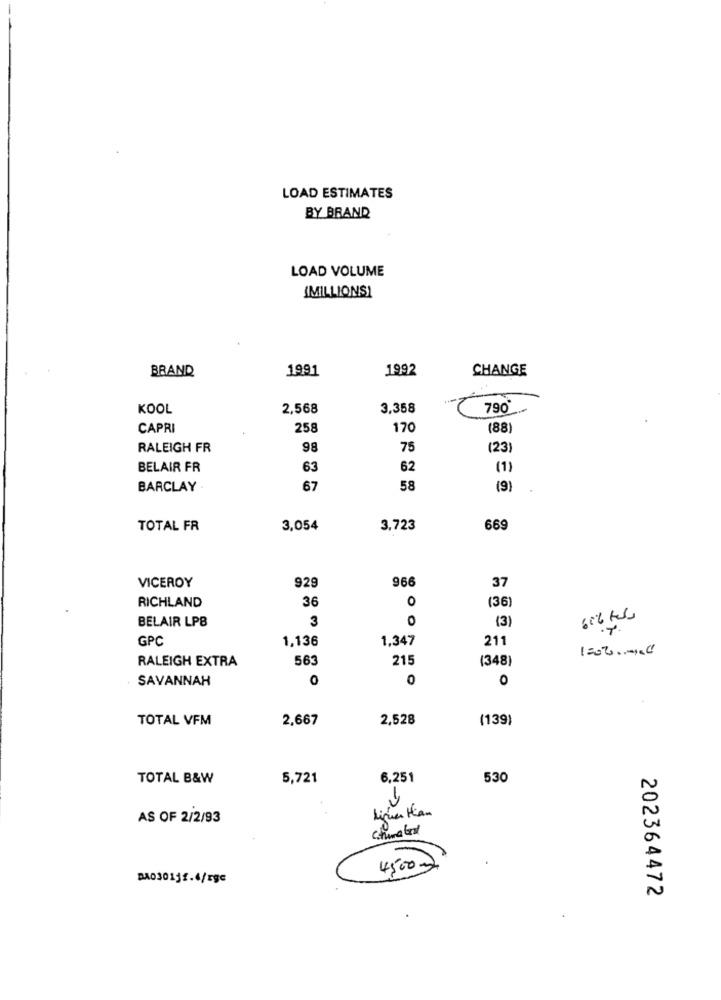
LOAD ESTIMATES
BY BRAND
LOAD VOLUME
(MILLIONS)
BRAND
1991
1992
CHANGE
KOOL
2,568
3,358
790
CAPRI
258
170
(88)
RALEIGH FR
98
75
(23)
BELAIR FR
63
62
(1)
BARCLAY
67
58
(9)
TOTAL FR
3,054
3,723
669
929
966
37
VICEROY
RICHLAND
36
O
(36)
BELAIR LP8
3
0
(3)
GPC
1,136
1,347
211
1502.000
RALEIGH EXTRA
563
215
(348)
SAVANNAH
0
0
0
TOTAL VFM
2,667
2,528
(139)
TOTAL B&W
5,721
6,251
530
AS OF 2/2/93
chuma Good
4500-
DA03015f.4/Egc
202364472